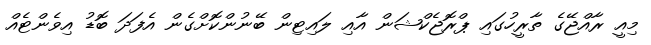
މިއީ ރާއްޖޭގެ ތާރީހުގައި ޕްރޮޖެކްޝަން އާއި ލައިޓިން ބޭނުންކޮށްގެން އެފަދަ ބޮޑު އިވެންޓެއް